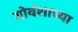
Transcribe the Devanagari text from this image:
गोवंशाच्या